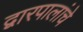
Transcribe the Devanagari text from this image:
द्वारपालांचे